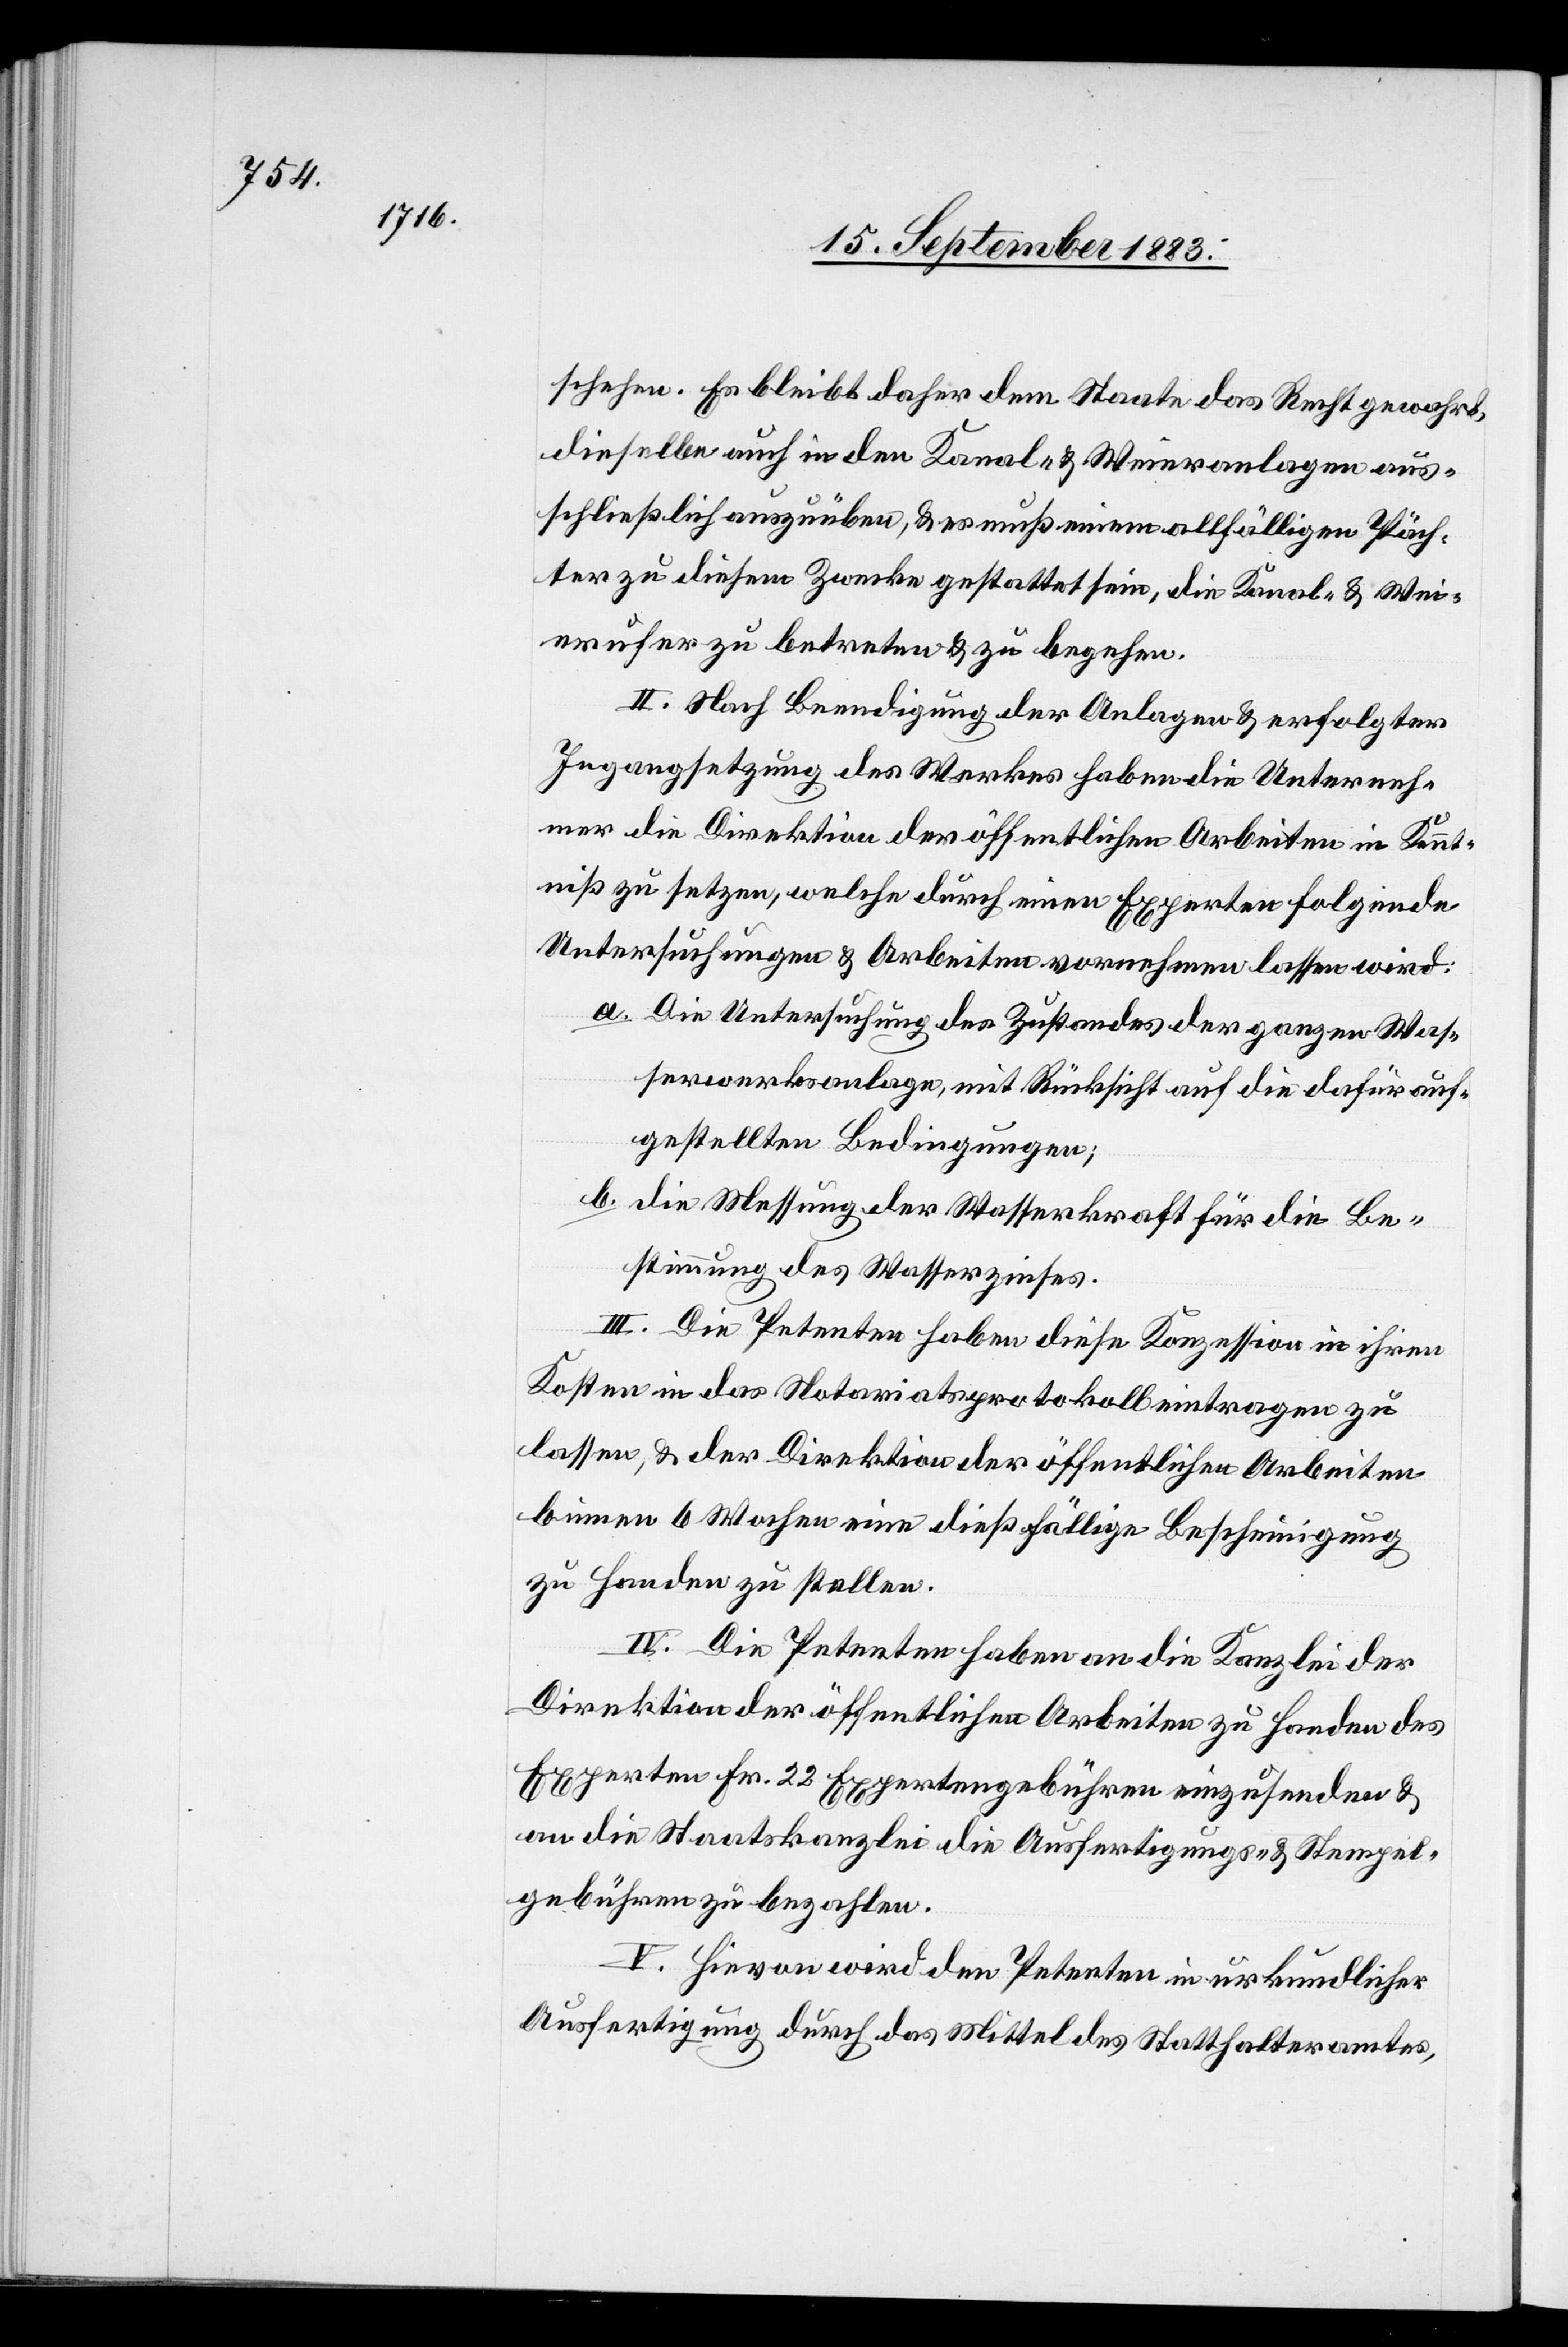
schehen. Es bleibt daher dem Staate das Recht gewahrt,
dieselbe auch in den Kanal- & Weieranlagen aus¬
schließlich auszuüben, & es muß einem allfälligen Päch¬
ter zu diesem Zwecke gestattet sein, die Kanal- & Wei¬
erufer zu betreten & zu begehen.
II. Nach Beendigung der Anlagen & erfolgter
Ingangsetzung des Werkes haben die Unterneh¬
mer die Direktion der öffentlichen Arbeiten in Kennt¬
niß zu setzen, welche durch einen Experten folgende
Untersuchungen & Arbeiten vornehmen lassen wird:
a. Die Untersuchung des Zustandes der ganzen Was¬
serwerksanlage, mit Rücksicht auf die dafür auf¬
gestellten Bedingungen;
b. die Messung der Wasserkraft für die Be¬
stimmung des Wasserzinses.
III. Die Petenten haben diese Konzession in ihren
Kosten in das Notariatsprotokoll eintragen zu
lassen & der Direktion der öffentlichen Arbeiten
binnen 6 Wochen eine dießfällige Bescheinigung
zu Handen zu stellen.
IV. Die Petenten haben an die Kanzlei der
Direktion der öffentlichen Arbeiten zu Handen des
Experten Fr. 22 Expertengebühren einzusenden &
an die Staatskanzlei die Ausfertigungs- & Stempel¬
gebühren zu bezahlen.
V. Hievon wird den Petenten in urkundlicher
Ausfertigung durch das Mittel des Statthalteramtes,